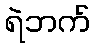
ရဲဘက်